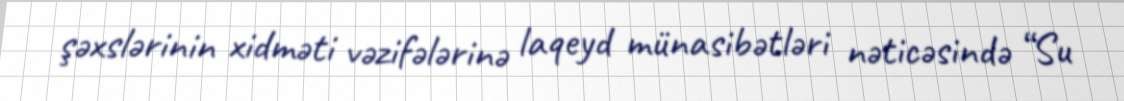
şəxslərinin xidməti vəzifələrinə laqeyd münasibətləri nəticəsində “Su